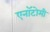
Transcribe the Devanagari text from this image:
एनॉटोमी